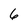
Character: 6